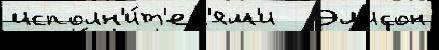
исполн'и́т'ел'ям'и   Эл'исон